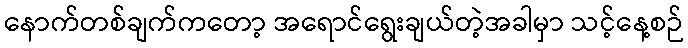
နောက်တစ်ချက်ကတော့ အရောင်ရွေးချယ်တဲ့အခါမှာ သင့်နေ့စဉ်